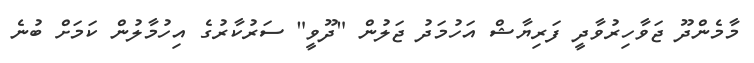
މާމެންދޫ ޖަވާހިރުވާދީ ފަރިޔާޝް އަހުމަދު ޖަލުން "ދޫވީ" ސަރުކާރުގެ އިހުމާލުން ކަމަށް ބުނެ